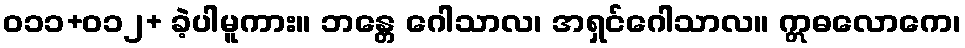
ဝ၁၁+ဝ၁၂+ ခဲ့ပါမူကား။ ဘန္တေ ဂေါသာလ၊ အရှင်ဂေါသာလ။ ဣဓလောကေ၊